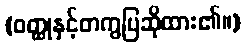
(ဝတ္ထုနှင့်တကွပြဆိုထား၏။)